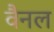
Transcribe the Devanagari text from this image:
वैनल